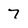
Character: 7